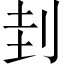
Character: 刲